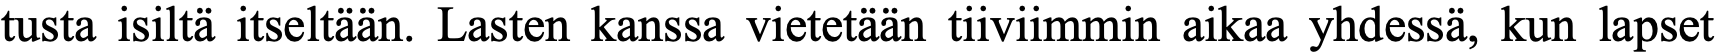
tusta isiltä itseltään. Lasten kanssa vietetään tiiviimmin aikaa yhdessä, kun lapset